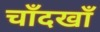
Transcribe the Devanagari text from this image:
चाँदखाँ